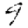
Digit: 9